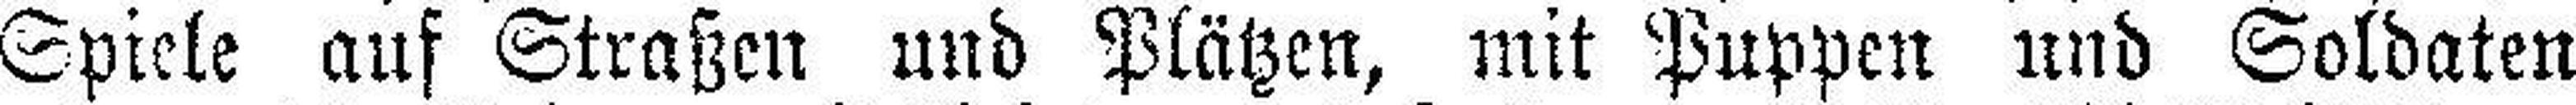
Spiele auf Straßen und Plätzen, mit Puppen und Soldaten